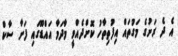
އެ ދެ ރަށުގެ މަގުތައް އިފުތިތާހު ކޮށްދެއްވީ މާދަމާ އައްޑޫގައި ފަށާ ސާކް